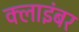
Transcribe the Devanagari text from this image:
क्लाइंबर